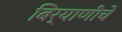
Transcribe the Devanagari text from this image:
बिर्याणीचे